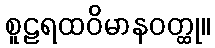
စူဠရထဝိမာနဝတ္ထု။